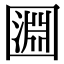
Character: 㘤